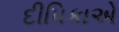
દીપિકાએ